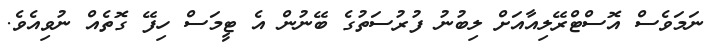
ނަމަވެސް އޮސްޓްރޭލިއާއަށް ލިބުނު ފުރުސަތުގެ ބޭނުން އެ ޓީމަސް ހިފޭ ގޮތެއް ނުވިއެވެ.